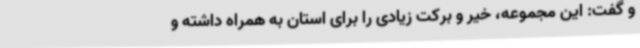
و گفت: این مجموعه، خیر و برکت زیادی را برای استان به همراه داشته و